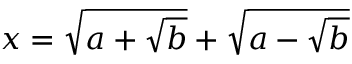
x = { \sqrt { a + { \sqrt { b } } } } + { \sqrt { a - { \sqrt { b } } } }